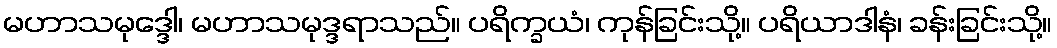
မဟာသမုဒ္ဒေါ၊ မဟာသမုဒ္ဒရာသည်။ ပရိက္ခယံ၊ ကုန်ခြင်းသို့။ ပရိယာဒါနံ၊ ခန်းခြင်းသို့။